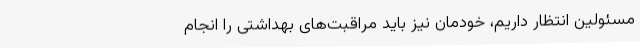
مسئولین انتظار داریم، خودمان نیز باید مراقبت‌های بهداشتی را انجام